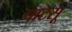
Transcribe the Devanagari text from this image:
चाटसू